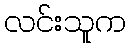
လင်းသူက